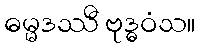
ဓမ္မဒဿီ ဗုဒ္ဓဝံသ။